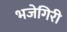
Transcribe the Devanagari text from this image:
भजेगिरी